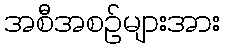
အစီအစဉ်များအား